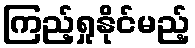
ကြည့်ရှုနိုင်မည့်